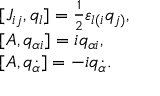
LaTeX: \begin{array} { l } { { [ J _ { i j } , q _ { l } ] = \frac { 1 } { 2 } \varepsilon _ { l ( i } q _ { j ) } , } } \\ { { [ A , q _ { \alpha i } ] = i q _ { \alpha i } , } } \\ { { [ A , q _ { \dot { \alpha } } ] = - i q _ { \dot { \alpha } } . } } \end{array}